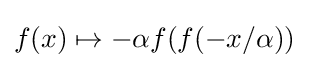
f(x)\mapsto -\alpha f(f(-x/\alpha ))